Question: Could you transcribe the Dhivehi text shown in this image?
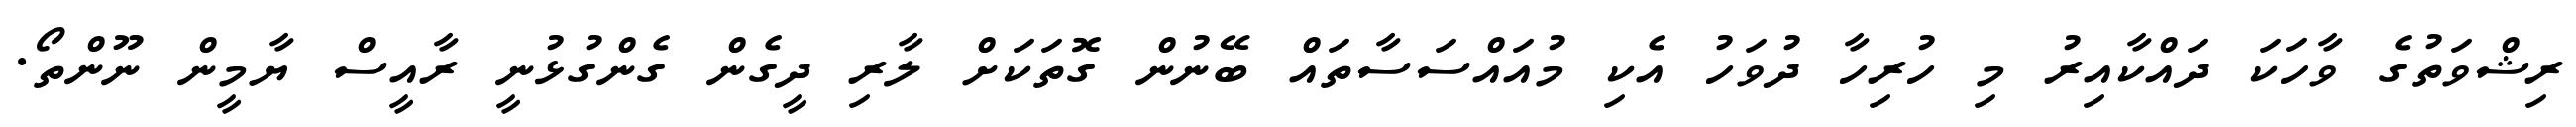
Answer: ރިޝްވަތުގެ ވާހަކަ ދައްކާއިރު މި ހުރިހާ ދުވަހު އެކި މުއައްސަސާތައް ބޭނުން ގޮތަކަށް ލާރި ދީގެން ގެންގުޅުނީ ރާއީސް ޔާމީން ނޫންތޯ.